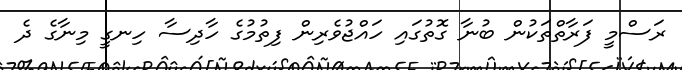
ރަސްމީ ފަރާތްތަކުން ބުނާ ގޮތުގައި ހައްޖުވެރިން ފިތުމުގެ ހާދިސާ ހިނގީ މިނާގެ ދެ